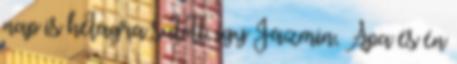
nap is hétágra sütött, így Jázmin, Apa és én